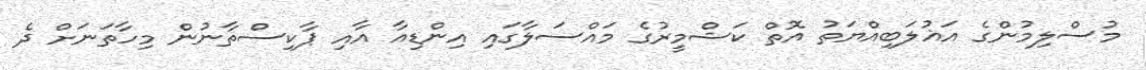
މުސްލިމުންގެ އަޣުލަބިއްޔަތު އޮތް ކަޝްމީރުގެ މައްސަލާގައި އިންޑިއާ އާއި ޕާކިސްތާނުން މިހާތަނަށް ދެ